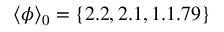
\langle \phi \rangle _ { 0 } = \{ 2 . 2 , 2 . 1 , 1 . 1 . 7 9 \}